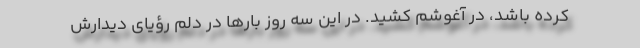
کرده باشد، در آغوشم کشید. در این سه روز بارها در دلم رؤیای دیدارش